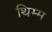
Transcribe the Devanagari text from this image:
थिम्म